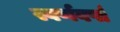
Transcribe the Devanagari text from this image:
स्वर्णवर्षा